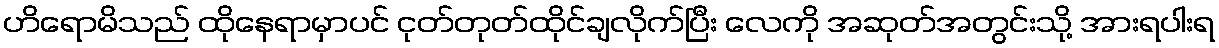
ဟိရောမိသည် ထိုနေရာမှာပင် ငုတ်တုတ်ထိုင်ချလိုက်ပြီး လေကို အဆုတ်အတွင်းသို့ အားရပါးရ